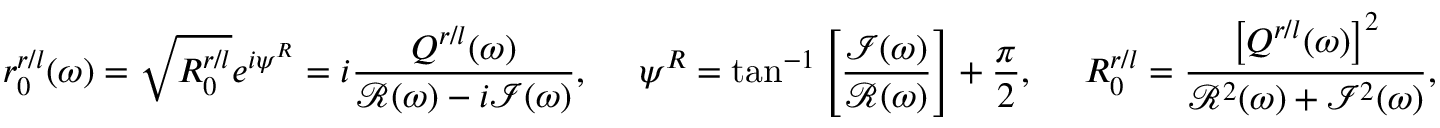
r _ { 0 } ^ { r / l } ( \omega ) = \sqrt { R _ { 0 } ^ { r / l } } e ^ { i \psi ^ { R } } = i \frac { Q ^ { r / l } ( \omega ) } { \mathcal { R } ( \omega ) - i \mathcal { I } ( \omega ) } , \ \ \ \ \psi ^ { R } = \tan ^ { - 1 } \left[ \frac { \mathcal { I } ( \omega ) } { \mathcal { R } ( \omega ) } \right] + \frac { \pi } { 2 } , \ \ \ \ R _ { 0 } ^ { r / l } = \frac { \left[ Q ^ { r / l } ( \omega ) \right] ^ { 2 } } { { \it \mathcal { R } } ^ { 2 } ( \omega ) + { \it \mathcal { I } } ^ { 2 } ( \omega ) } ,